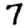
Digit: 7